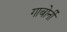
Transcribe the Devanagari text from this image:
गाबोर्नी